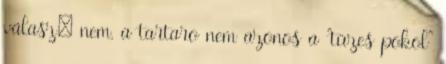
válasz: nem, a tartaro nem azonos a "tüzes pokol"